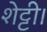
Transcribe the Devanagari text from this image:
शेट्टी।